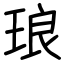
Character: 琅